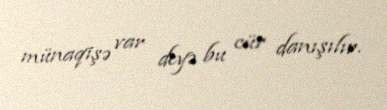
münaqişə var deyə bu cür danışılır.